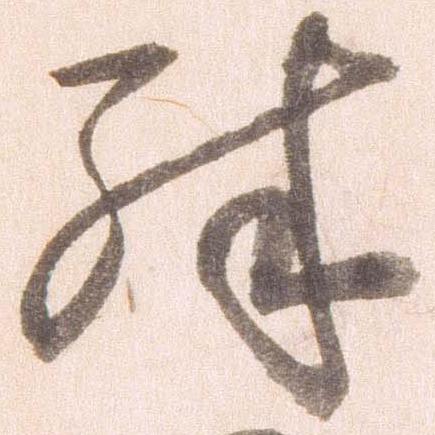
殊